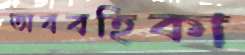
অববহিকা